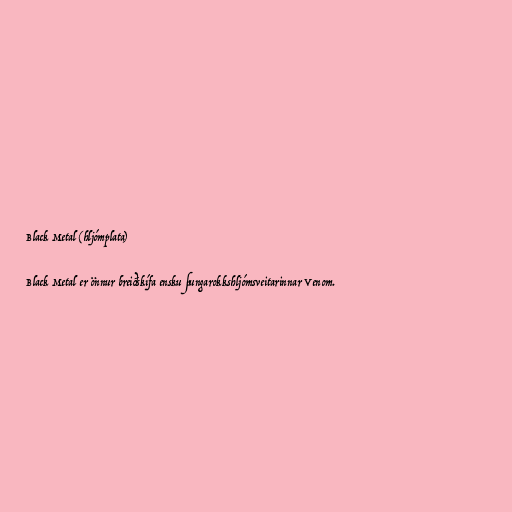
Black Metal (hljómplata)

Black Metal er önnur breiðskífa ensku þungarokkshljómsveitarinnar Venom.